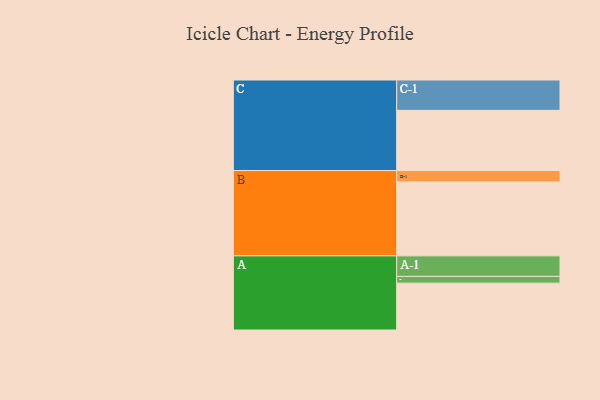
{"axis": {"x": "Segment", "y": "Value"}, "legend": ["", "A", "B", "C"], "data": [{"x": "A", "y": 369, "type": ""}, {"x": "B", "y": 583, "type": ""}, {"x": "C", "y": 474, "type": ""}, {"x": "A-1", "y": 162, "type": "A"}, {"x": "A-2", "y": 53, "type": "A"}, {"x": "B-1", "y": 89, "type": "B"}, {"x": "C-1", "y": 239, "type": "C"}]}